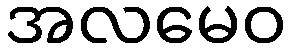
အလမေဝ